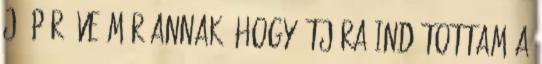
Jó pár éve már annak, hogy útjára indítottam a